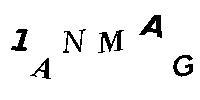
1ANMAG